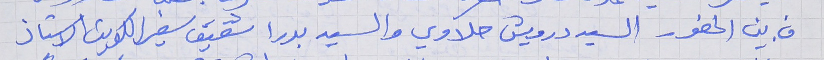
من بين الحضور السيد درويش حلاوي والسيد بدرا شقيق سفير الكويت الاستاذ